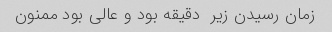
زمان رسیدن زیر  دقیقه بود و عالی بود ممنون